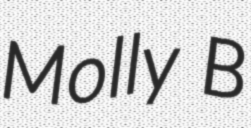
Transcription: Molly B